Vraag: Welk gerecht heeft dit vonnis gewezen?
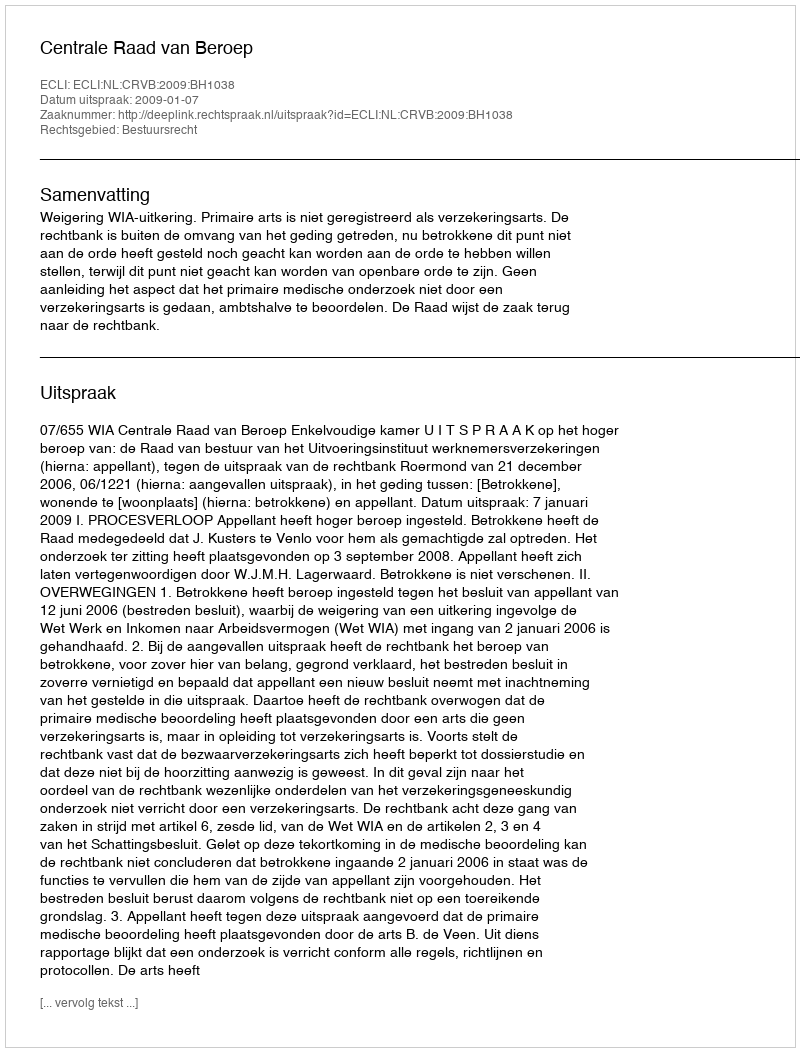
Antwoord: Centrale Raad van Beroep